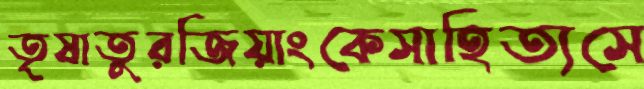
তৃষাতুরজিয়াংকেসাহিত্যসে